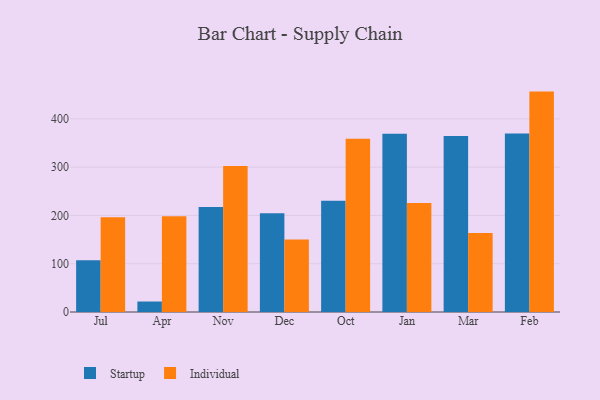
{"axis": {"x": "Month", "y": "Gross Profit (USD K)"}, "legend": ["Individual", "Startup"], "data": [{"x": "Jul", "y": 107.1, "type": "Startup"}, {"x": "Jul", "y": 196.5, "type": "Individual"}, {"x": "Apr", "y": 21.7, "type": "Startup"}, {"x": "Apr", "y": 198.5, "type": "Individual"}, {"x": "Nov", "y": 217.6, "type": "Startup"}, {"x": "Nov", "y": 302.2, "type": "Individual"}, {"x": "Dec", "y": 204.7, "type": "Startup"}, {"x": "Dec", "y": 150.1, "type": "Individual"}, {"x": "Oct", "y": 230.4, "type": "Startup"}, {"x": "Oct", "y": 359.0, "type": "Individual"}, {"x": "Jan", "y": 369.1, "type": "Startup"}, {"x": "Jan", "y": 225.7, "type": "Individual"}, {"x": "Mar", "y": 364.7, "type": "Startup"}, {"x": "Mar", "y": 163.6, "type": "Individual"}, {"x": "Feb", "y": 369.6, "type": "Startup"}, {"x": "Feb", "y": 456.5, "type": "Individual"}]}